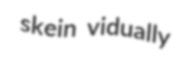
skein vidually